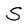
Character: S